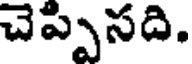
చెప్పిసది.